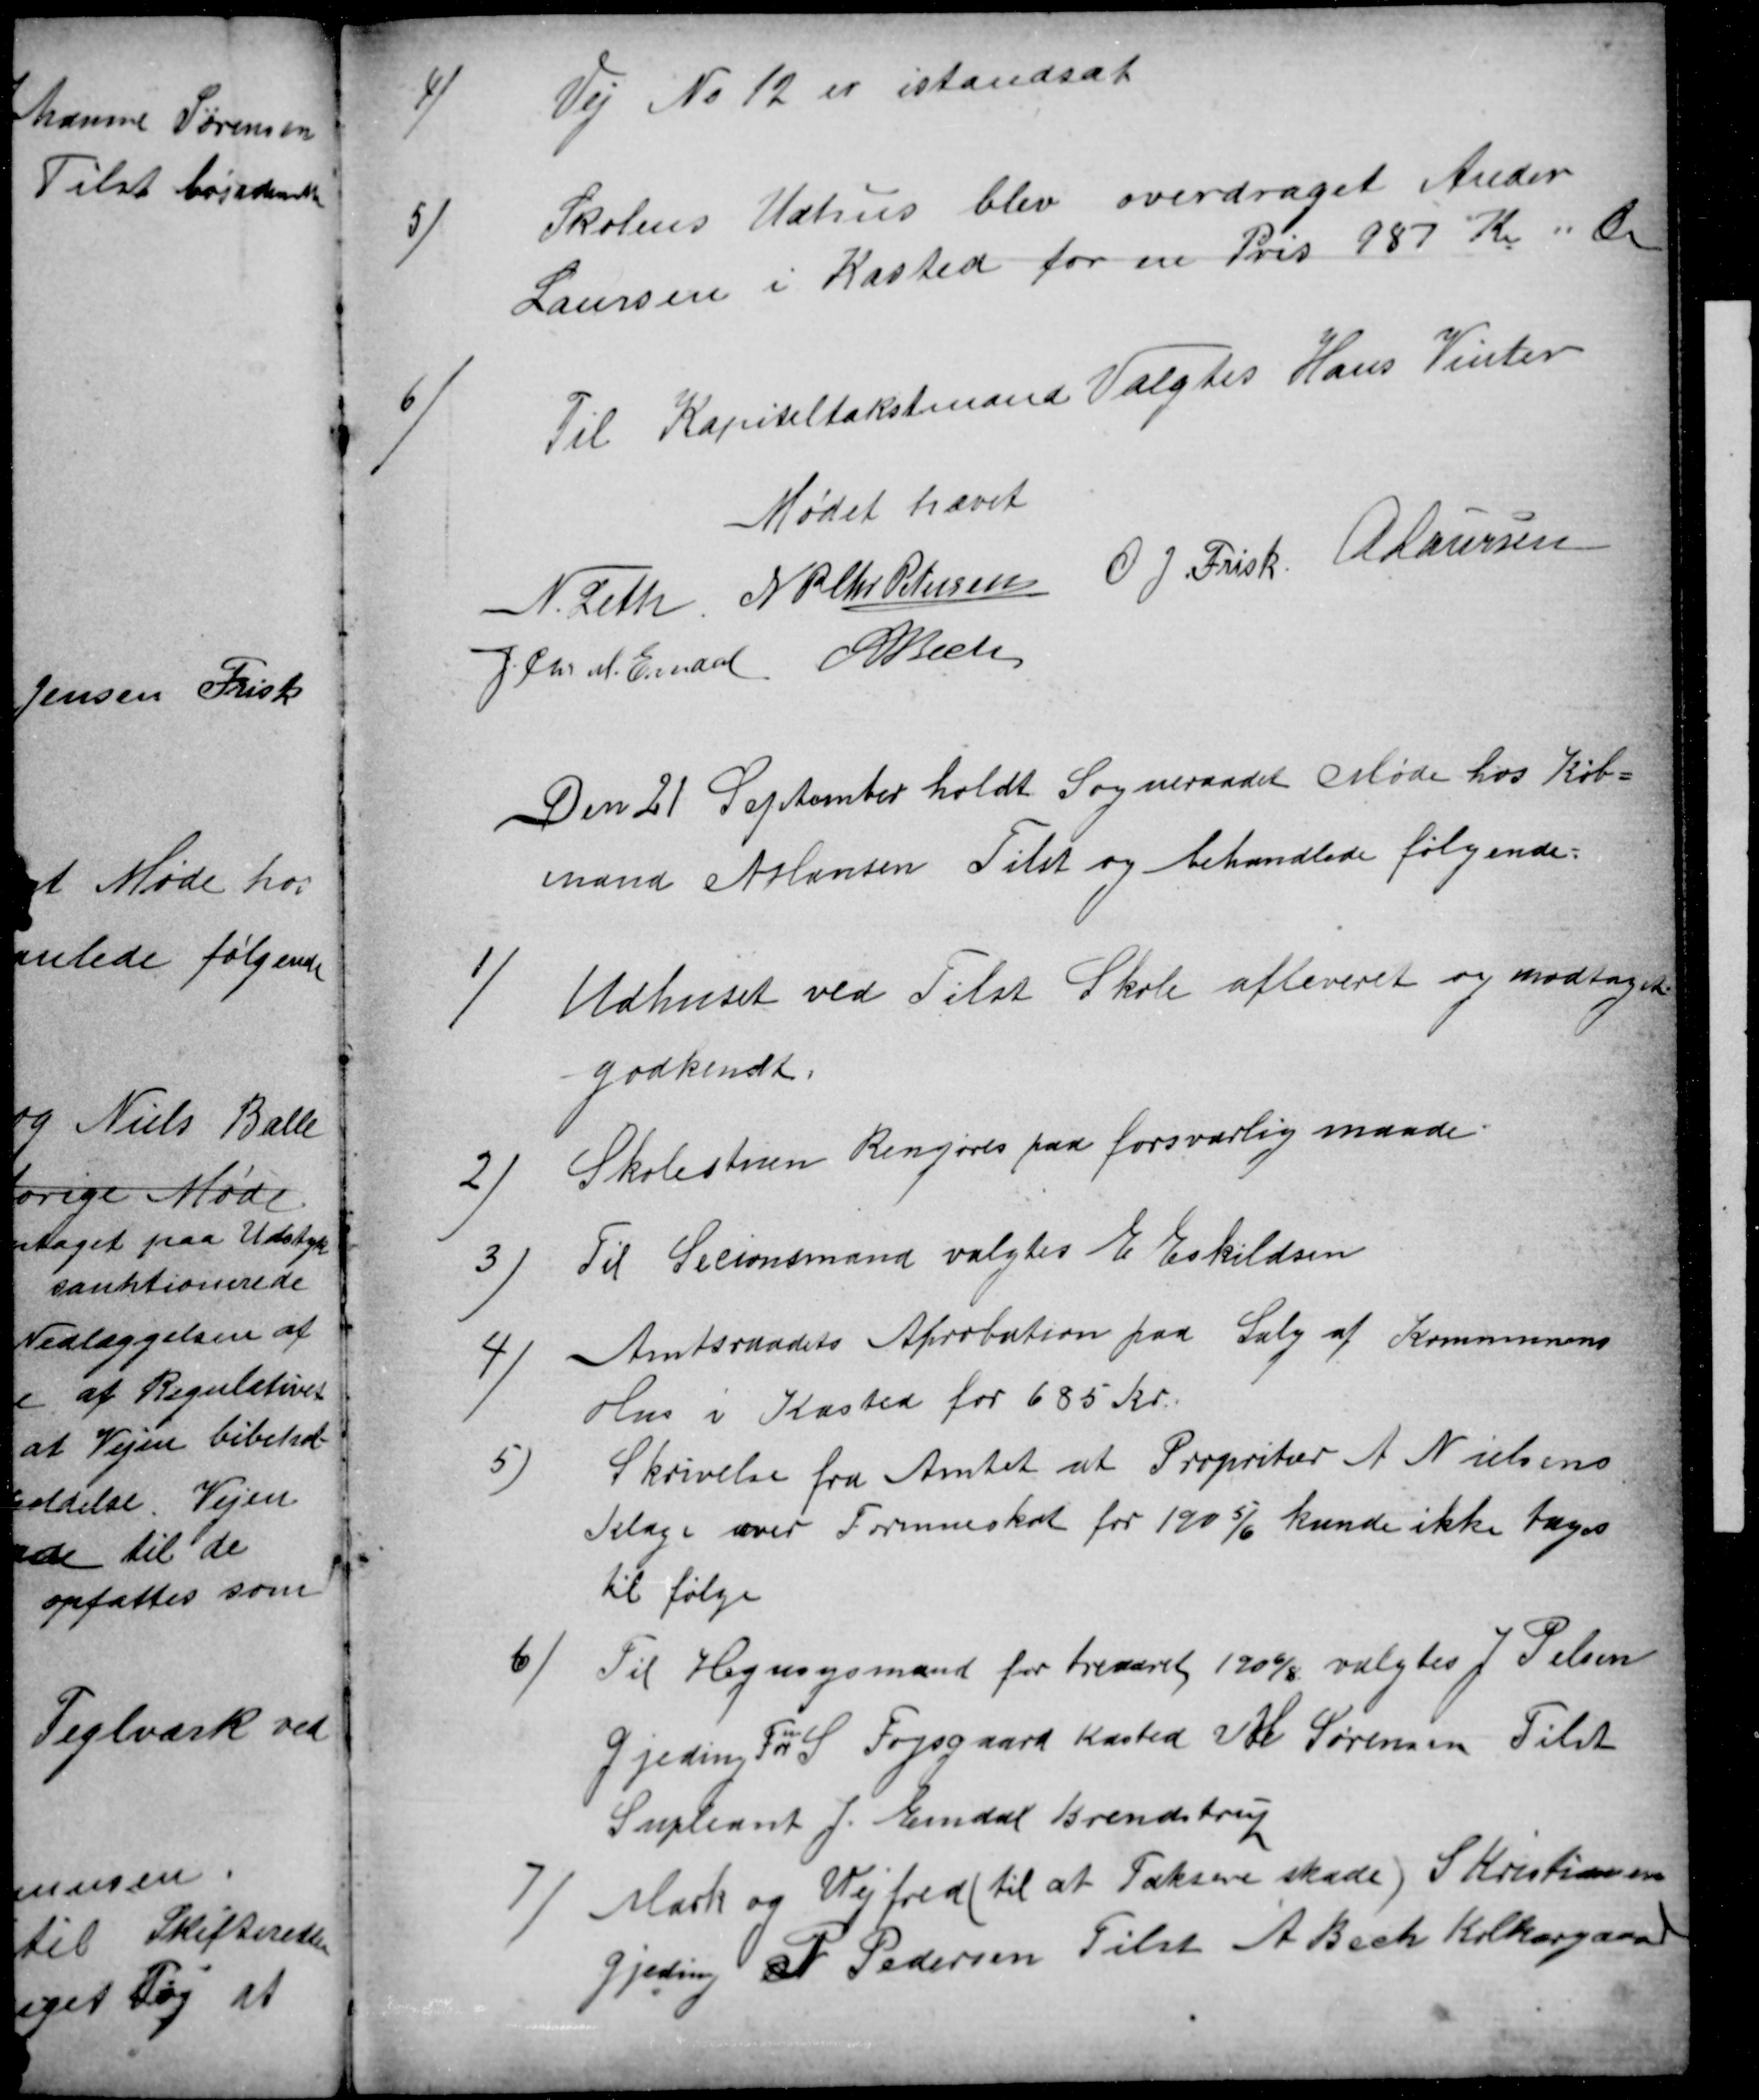
Transskription:
4)
Vej № 12 er istandsat
5)
Skolens Udhus blev overdraget Ander
Laursen i Kasted for en Pris 187 Kr " Øre
6)
Til Kapiteltakstmand Valgtes Hans Vinter
Mødet hævet
N. Leth N P Chr Petersen O J Frisk A Laursen
J. Chr. M. Emdal A Bech
Den 21 September holdt Sogneraadet Møde hos Køb-
mand N Hansen Tilst og behandlede følgende:
1)
Udhuset ved Tilst Skole afleveret og modtaget
godkendt.
2
Skolestuen Rengøres paa forsvarlig maade
3
Til Secionsmand valgtes E Eskildsen
4
Amtsraadets Aprobation paa Salg af Kommunens
Hus i Kasted for 685 Kr.
5)
Skrivelse fra Amtet at Propritær A Nielsens
Klage over Formueskat for 1905/6 kunde ikke tages
til følge
6)
Til Hegnsynmænd for treaaret 1906/8 valgtes J. Pelsen
Gjeding Fö S Fogsgaard Kasted V H Sørensen Tilst
Supleant J. Emdal Brendstrup
7
Mark og Vejfred (til at Taksere skade) S Kristianen
Gjeding P Pedersen Tilst A Bech Kolkærgaard